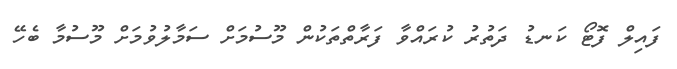
ފައިލް ފޮޓޯ ކަނޑު ދަތުރު ކުރައްވާ ފަރާތްތަކުން މޫސުމަށް ސަމާލުވުމަށް މޫސުމާ ބެހޭ